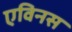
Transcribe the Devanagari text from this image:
एविनस